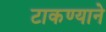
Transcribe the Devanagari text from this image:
टाकण्याने